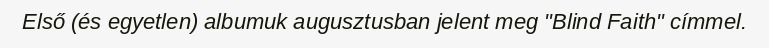
Első (és egyetlen) albumuk augusztusban jelent meg "Blind Faith" címmel.